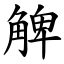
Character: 䚜